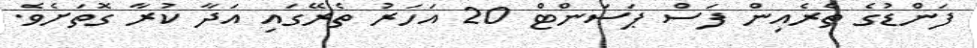
ފަންޑުގެ ތެރެއިން ފަސް ޕަސަންޓް 20 އަހަރު ތެރޭގައި އަދާ ކުރާ ގޮތަށެވެ.